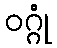
ဝဂ္ဂုံ